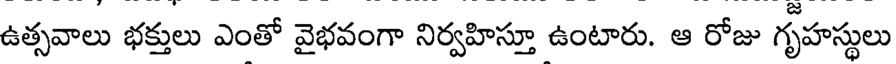
ఉత్సవాలు భక్తులు ఎంతో వైభవంగా నిర్వహిస్తూ ఉంటారు. ఆ రోజు గృహస్థులు